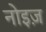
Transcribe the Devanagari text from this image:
नोइज़